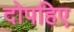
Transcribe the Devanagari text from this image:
दोपहिए